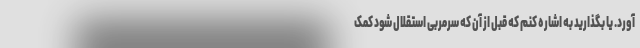
آورد. یا بگذارید به اشاره کنم که قبل از آن که سرمربی استقلال شود کمک